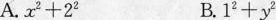
A.x2+22 B.12+y2